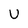
Character: U